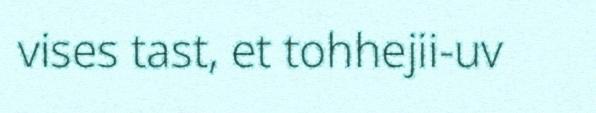
vises tast, et tohhejii-uv